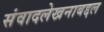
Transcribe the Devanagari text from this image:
संवादलेखनाबद्दल